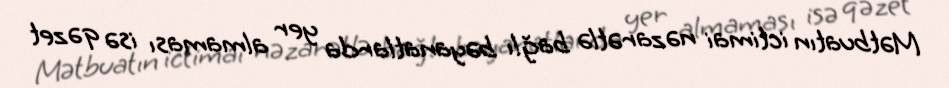
Mətbuatın ictimai nəzarətlə bağlı bəyanatlarda yer almaması isə qəzet